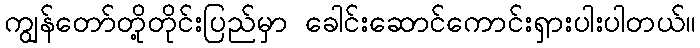
ကျွန်တော်တို့တိုင်းပြည်မှာ ခေါင်းဆောင်ကောင်းရှားပါးပါတယ်။